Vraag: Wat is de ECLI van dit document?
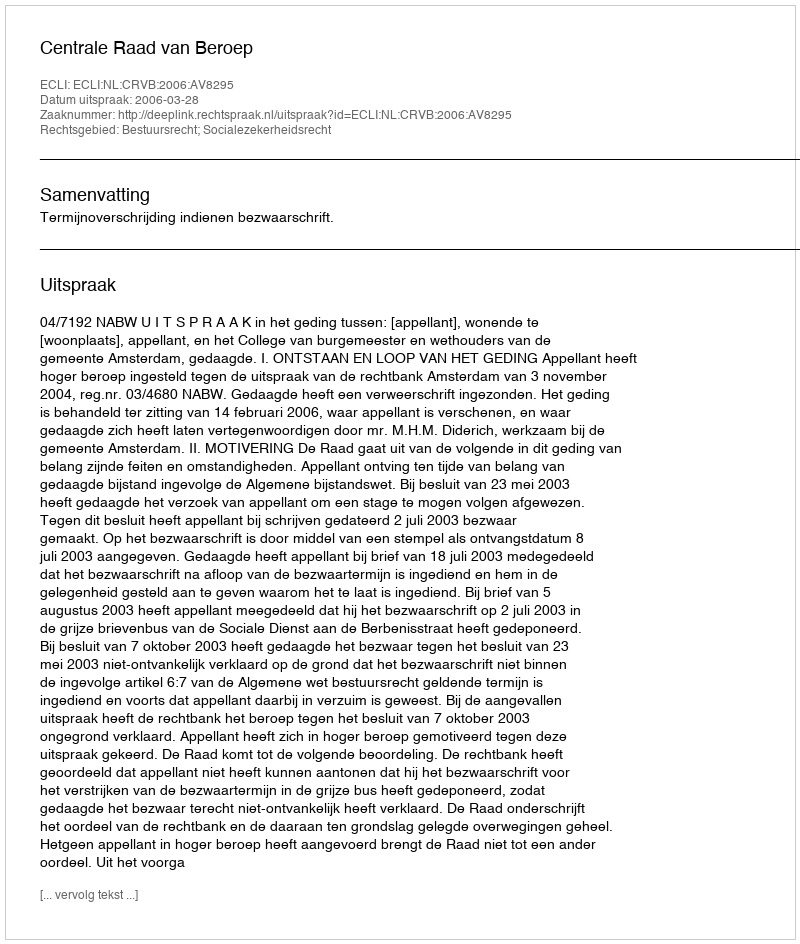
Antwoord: ECLI:NL:CRVB:2006:AV8295